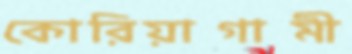
কোরিয়াগামী